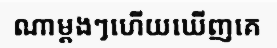
ណាម្តងៗហើយឃើញគេ